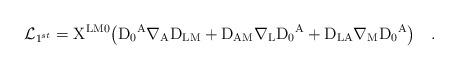
LaTeX: \begin{align*}{\cal L}_{1^{st}}={\rm X^{L M 0}\big(D_0{}^A \nabla_A D_{L M}+D_{A M}\nabla_L D_0{}^A + D_{L A}\nabla_M D_0{}^A \big)} ~~~. \end{align*}